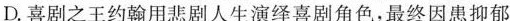
D.喜剧之王约翰用悲剧人生演绎喜剧角色，最终因患抑郁